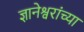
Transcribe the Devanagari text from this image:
ज्ञानेश्वरांंच्या